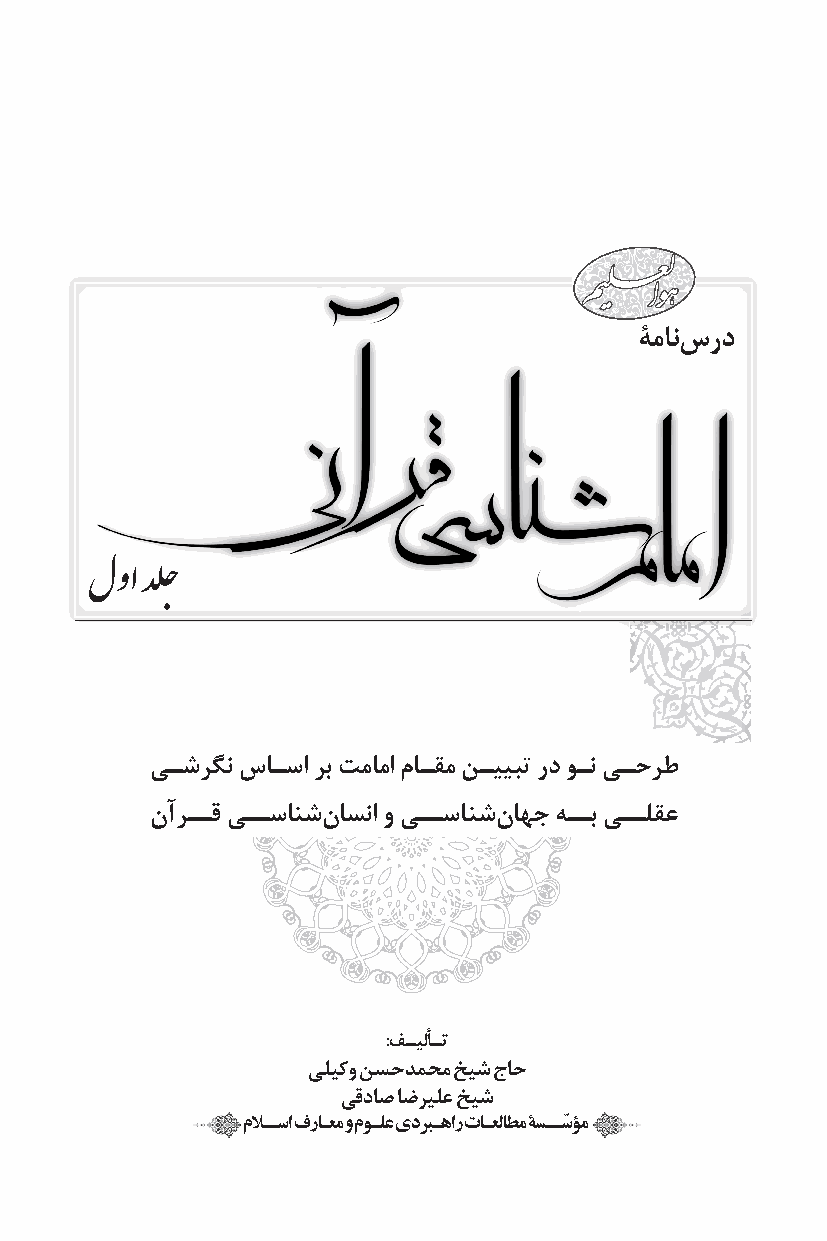
ۀمانس رد
 لوا دلج
 یــشرگن ساــسا رب تماما ماــقم نــييبت رد وــن یــحرط
 نآرــق یــسانشن اسنا و یــسانشن اهج هــب یــلقع
 :فـيلأـت
 یليکو نسحدمحم خيش جاح
 یقداص اضريلع خيش
 ملاــسا فراـعم و موـلع يدربـهار تاـعلاطم ةســسّ ؤم